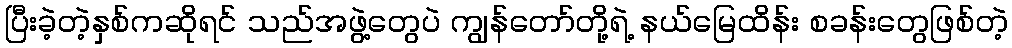
ပြီးခဲ့တဲ့နှစ်ကဆိုရင် သည်အဖွဲ့တွေပဲ ကျွန်တော်တို့ရဲ့ နယ်မြေထိန်း စခန်းတွေဖြစ်တဲ့